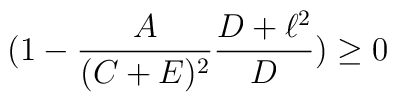
(1-\frac{A}{(C+E)^{2}}\frac{D+\ell^{2}}{D})\geq 0